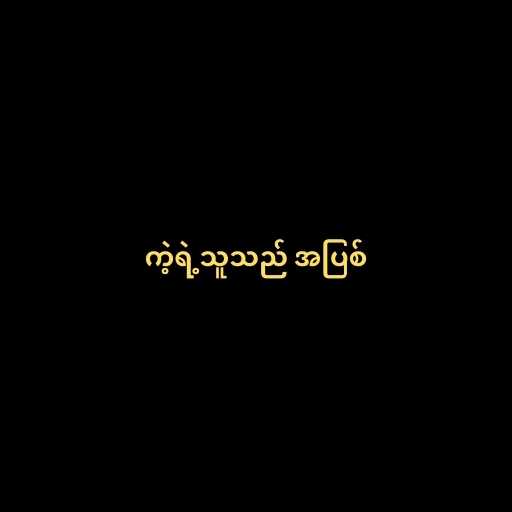
ကဲ့ရဲ့သူသည် အပြစ်